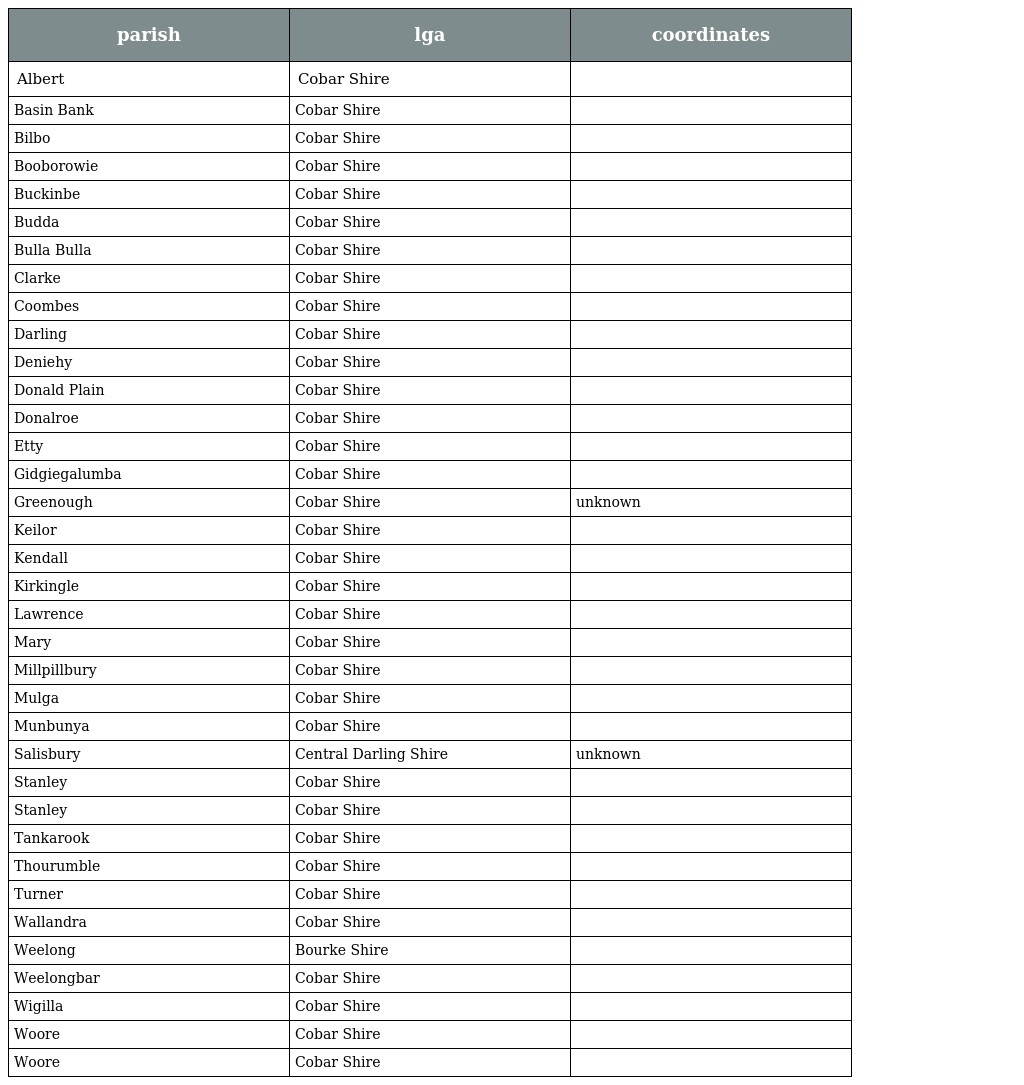
| parish | lga | coordinates |
 | --- | --- | --- |
 | Albert | Cobar Shire |  |
 | Basin Bank | Cobar Shire |  |
 | Bilbo | Cobar Shire |  |
 | Booborowie | Cobar Shire |  |
 | Buckinbe | Cobar Shire |  |
 | Budda | Cobar Shire |  |
 | Bulla Bulla | Cobar Shire |  |
 | Clarke | Cobar Shire |  |
 | Coombes | Cobar Shire |  |
 | Darling | Cobar Shire |  |
 | Deniehy | Cobar Shire |  |
 | Donald Plain | Cobar Shire |  |
 | Donalroe | Cobar Shire |  |
 | Etty | Cobar Shire |  |
 | Gidgiegalumba | Cobar Shire |  |
 | Greenough | Cobar Shire | unknown |
 | Keilor | Cobar Shire |  |
 | Kendall | Cobar Shire |  |
 | Kirkingle | Cobar Shire |  |
 | Lawrence | Cobar Shire |  |
 | Mary | Cobar Shire |  |
 | Millpillbury | Cobar Shire |  |
 | Mulga | Cobar Shire |  |
 | Munbunya | Cobar Shire |  |
 | Salisbury | Central Darling Shire | unknown |
 | Stanley | Cobar Shire |  |
 | Stanley | Cobar Shire |  |
 | Tankarook | Cobar Shire |  |
 | Thourumble | Cobar Shire |  |
 | Turner | Cobar Shire |  |
 | Wallandra | Cobar Shire |  |
 | Weelong | Bourke Shire |  |
 | Weelongbar | Cobar Shire |  |
 | Wigilla | Cobar Shire |  |
 | Woore | Cobar Shire |  |
 | Woore | Cobar Shire |  |